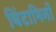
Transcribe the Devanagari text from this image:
विंटामिनों